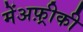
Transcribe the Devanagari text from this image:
मेंअफ़्रीकी